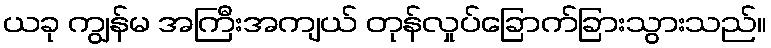
ယခု ကျွန်မ အကြီးအကျယ် တုန်လှုပ်ခြောက်ခြားသွားသည်။